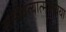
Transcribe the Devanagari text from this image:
सम्भवत्यात्ममायया